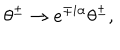
\theta ^ { \pm } \rightarrow e ^ { \mp i \alpha } \theta ^ { \pm } , \quad